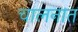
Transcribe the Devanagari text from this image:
चालनात